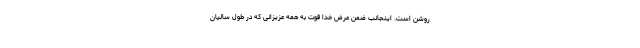
روشن است. اینجانب ضمن عرض خدا قوت به همه عزیزانی که در طول سالیان